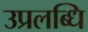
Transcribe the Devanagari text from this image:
उप्रलब्धि